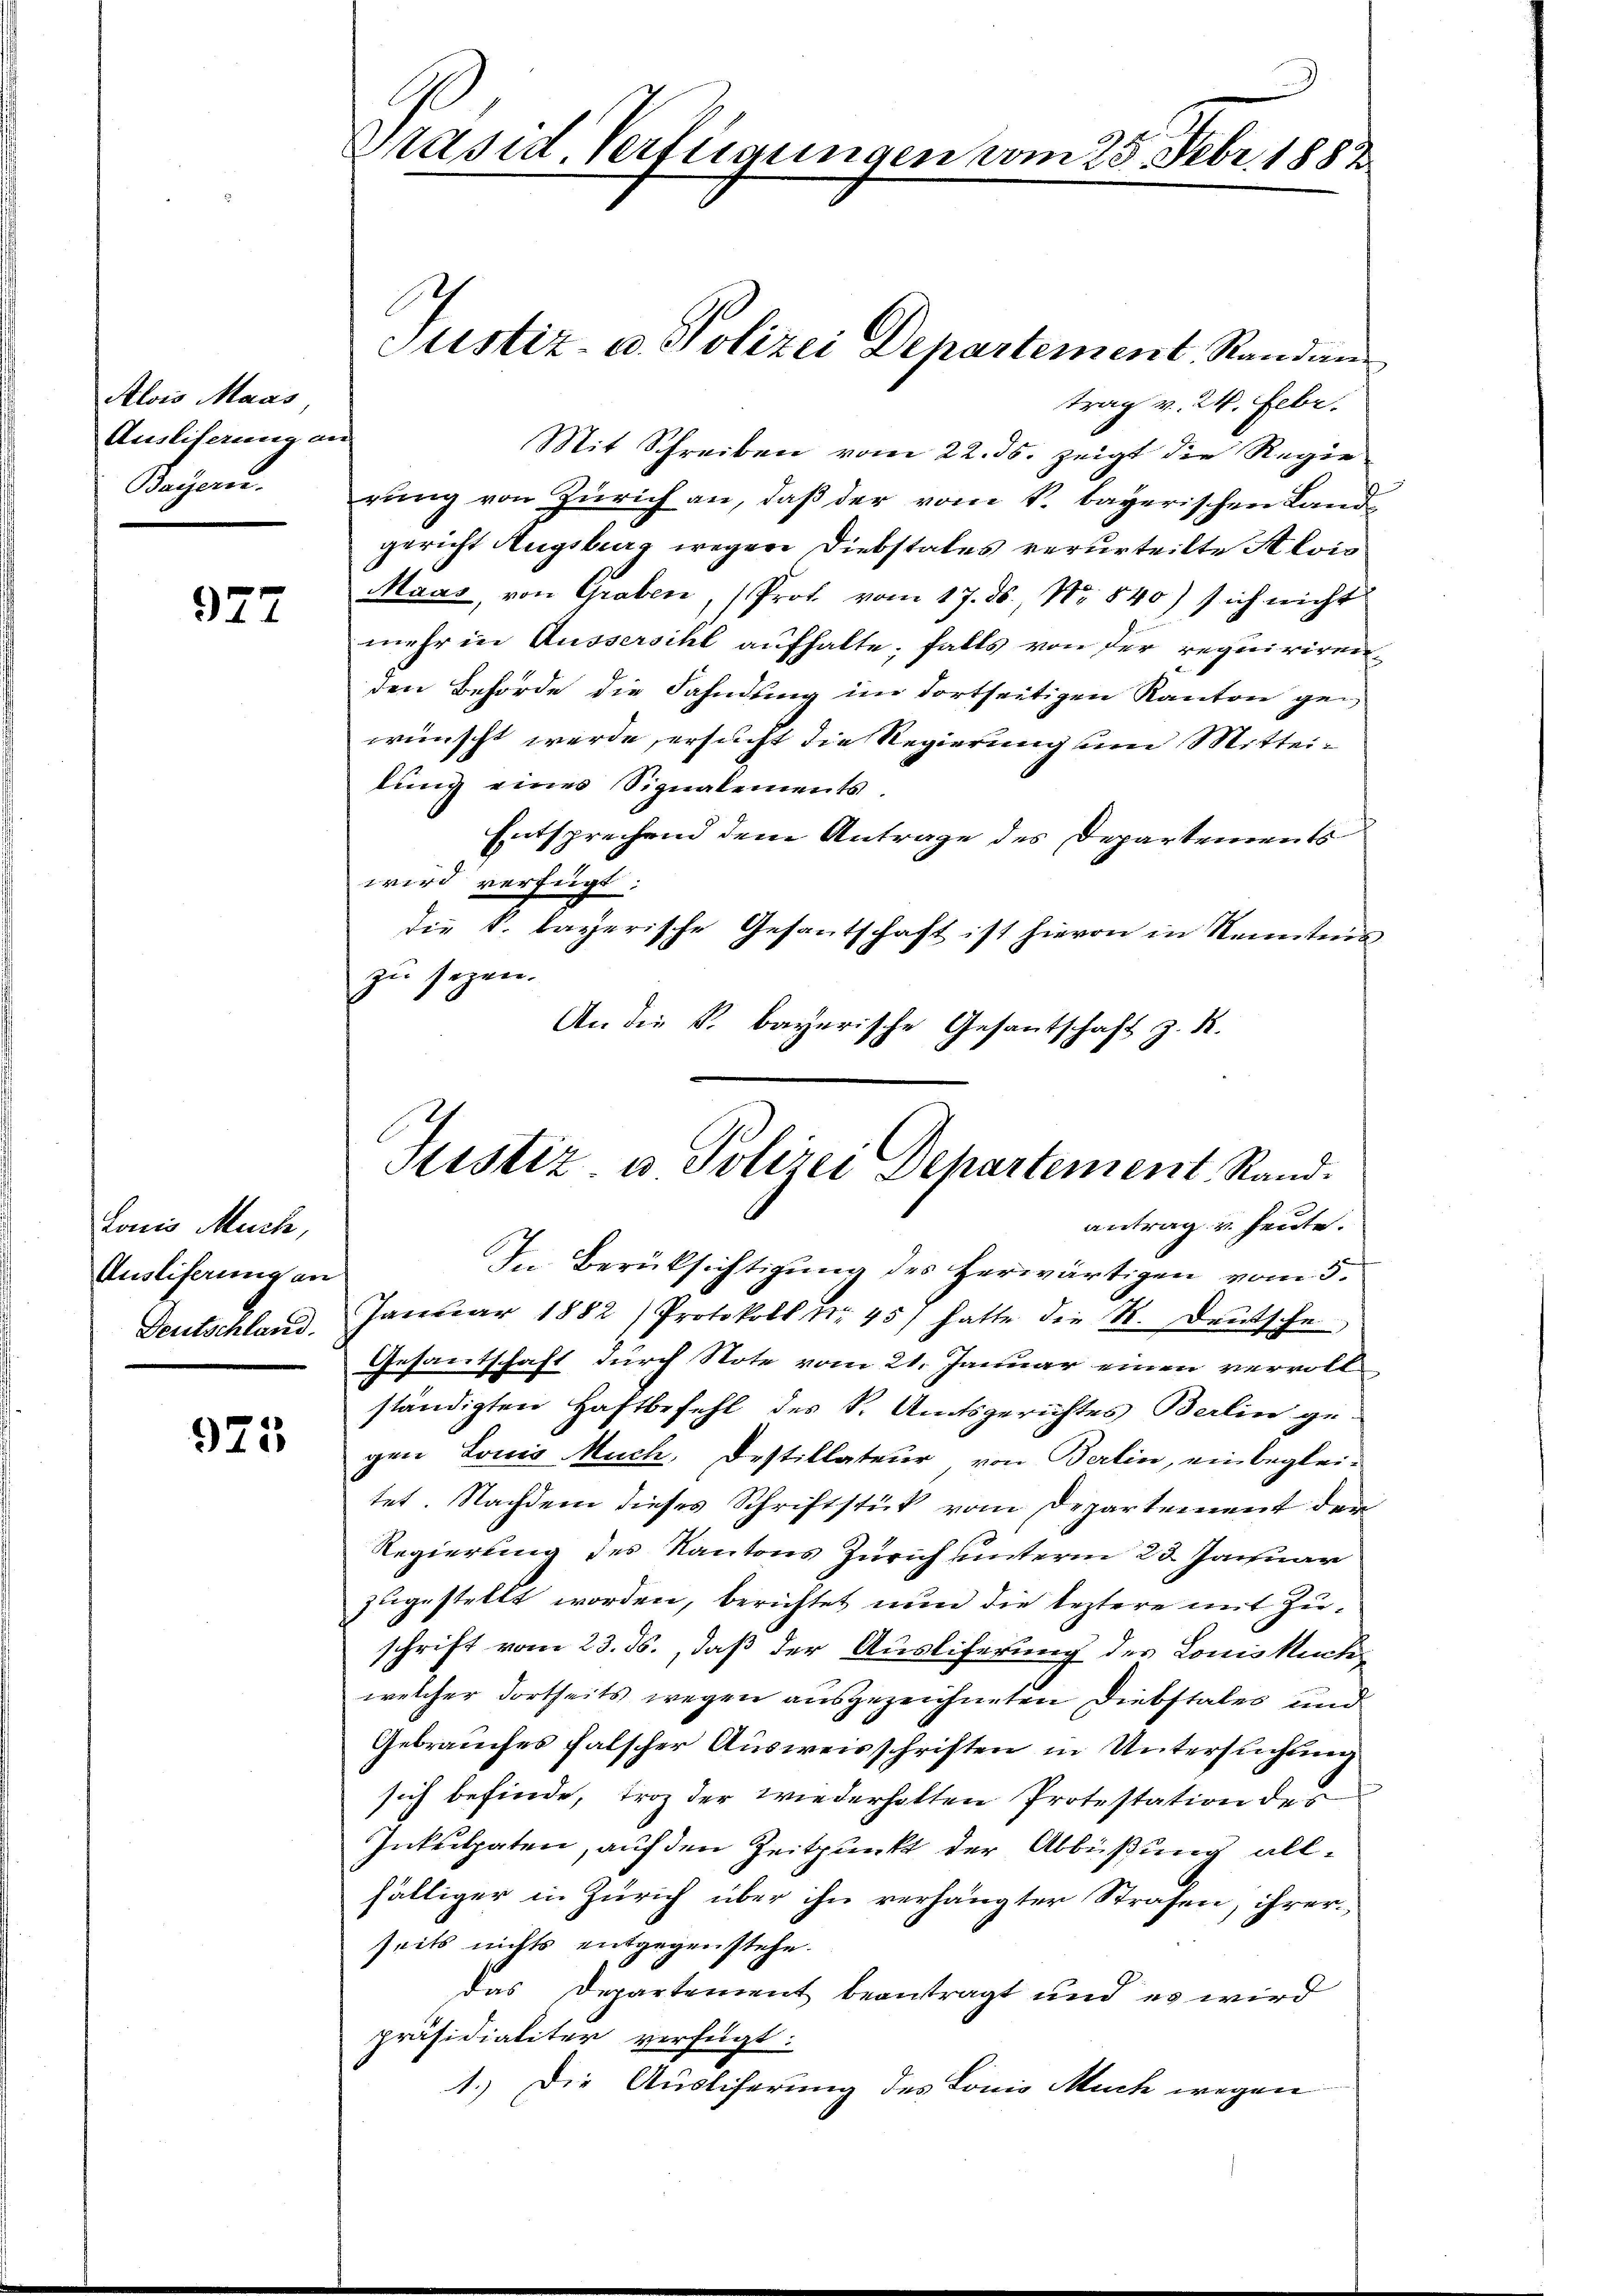
Alois Maas
Ausliterung an
Bayer.

977

Louis Muck,
Ausliferung an
Deutschland.

975

trag v. 24. Febr.
Mit Schreiben vom 22. ds. zeigt die Regie
rung von Zürich an, daß der vom k. bayerischen Landgericht Augsburg wegen Diebstales verurteilte Alois
Maas, von Graben, (Prot vom 17. ds., No 840) sich nicht
mehr in Aussersihl aufhalte, falls von der requiriren,
den Behörde die Fahndung im Fortseitigen Kanton gen
wünscht werde, ersucht die Regierung um Mitteilung eines Signalements.
Entsprechend dem Antrage des Departements
wird verfügt:
die k. bayerische Gesantschaft ist hievon in Kenntnis
zu sezen.
An die k. bayerische Gesantschaft z. R.

Präsid Verfügungen vom 25. Febr. 1882

Justiz- u. Polizei Departement Randan

Justiz u. Polizei Departement Stand.
antrag u. heute.

In Berücksichtigung des herwärtigen vom 5.
Januar 1882) Protokoll Nr. 45) hatte die K. Deutsche
Gesantschaft durch Note vom 21. Januar einen vervoll
ständigten Haftbefehl des S. Amtsgerichtes Berlin ge-
gen Louis Much, Destillateur von Berlin, einbegleitet. Nachdem dieses Schriftstück vom Departement der
Regierung des Kantons Zürich unterm 23. Januar
zugestellt worden, berichtet nun die leztere mit Zuschrift vom 23. ds., daß der Ausliferung der Louiskückwelcher dortseits wegen ausgezeichneten Diebstales und
Gebrauches falscher Ausweisschriften in Untersuchung
sich befinde, troz der wiederholten Protestation des
Inkulpaten, auf den Zeitpunkt der Abbüßung allfältiger in Zürich über ihn verhängter Strafen, ihrerseits nichts entgegen stehe.
das Departement beantragt und es wird
präsidialiter verfügt:
1.) Die Ausliferung des Lonio Much wegen